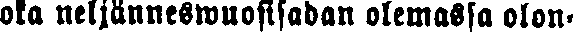
oka neljänneswuosisadan olemassa olon-